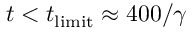
t < t _ { { \mathrm { l i m i t } } } \approx 4 0 0 / \gamma